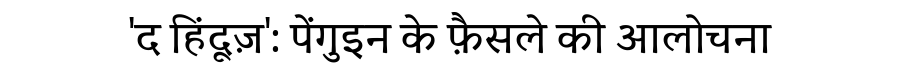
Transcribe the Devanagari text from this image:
'द हिंदूज़': पेंगुइन के फ़ैसले की आलोचना